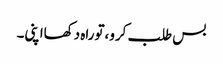
بس طلب کرو،توراہ دکھااپنی۔